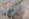
التقطيع